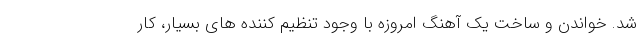
شد. خواندن و ساخت یک آهنگ امروزه با وجود تنظیم کننده های بسیار، کار